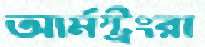
আর্মস্ট্রংরা